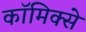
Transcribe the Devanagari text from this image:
काॅमिक्से